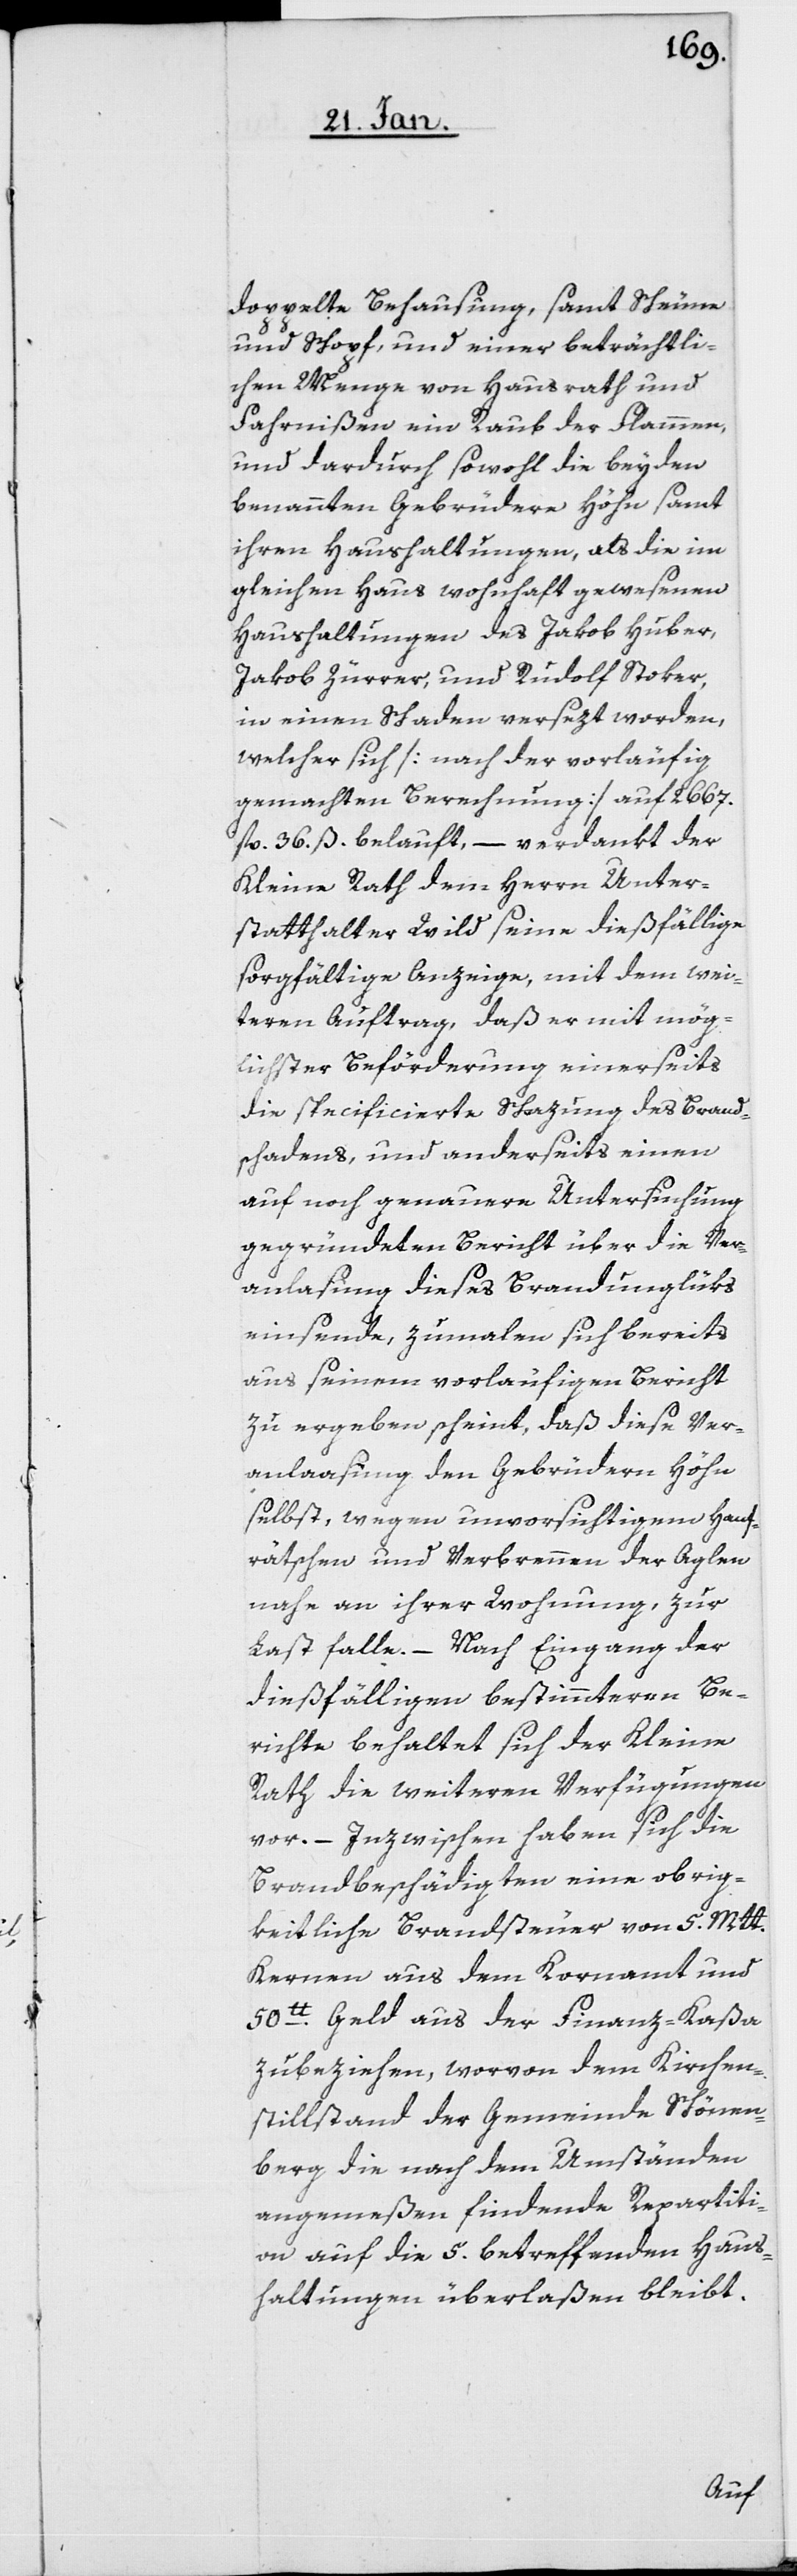
doppelte Behausung, samt Scheune
und Schopf, und einer beträchtli¬
chen Menge von Hausrath und
Fahrnißen ein Raub der Flammen,
und dardurch sowohl die beyden
benannten Gebrüdern Höhn samt
ihren Haushaltungen, als die im
gleichen Haus wohnhaft gewesenen
Haushaltungen des Jakob Huber,
Jakob Zürrer und Rudolf Stoker,
in einen Schaden versezt worden,
welcher sich [nach der vorläufig
gemachten Berechnung] auf 2667.
fl. 36. ß. belauft, – verdankt der
Kleine Rath dem Herrn Unter¬
statthalter Wild seine dießfällige
sorgfältige Anzeige, mit dem wei¬
teren Auftrag, daß er mit mög¬
lichster Beförderung einerseits
die specificierte Schazung des Brand¬
schadens, und anderseits einen
auf noch genauere Untersuchung
gegründeten Bericht über die Ver¬
anlaßung dieses Brandunglüks
einsende, zumalen sich bereits
aus seinem vorläufigen Bericht
zu ergeben scheint, daß diese Ver¬
anlaßung den Gebrüdern Höhn
selbst, wegen unvorsichtigem Hanf¬
rätschen und Verbrennen der Aglen
nahe an ihrer Wohnung, zur
Last falle. – Nach Eingang der
dießfälligen bestimmteren Be¬
richte behaltet sich der Kleine
Rath die weiteren Verfügungen
vor. – Inzwischen haben sich die
Brandbeschädigten eine obrig¬
keitliche Brandsteuer von 5. Mtt.
Kernen aus dem Kornamt und
50lb. Geld aus der Finanz-Kaßa
zubeziehen, worvon dem Kirchen¬
stillstand der Gemeinde Schönen¬
berg die nach dem Umständen
angemeßen findende Repartiti¬
on auf die 5. betreffenden Haus¬
haltungen überlaßen bleibt.